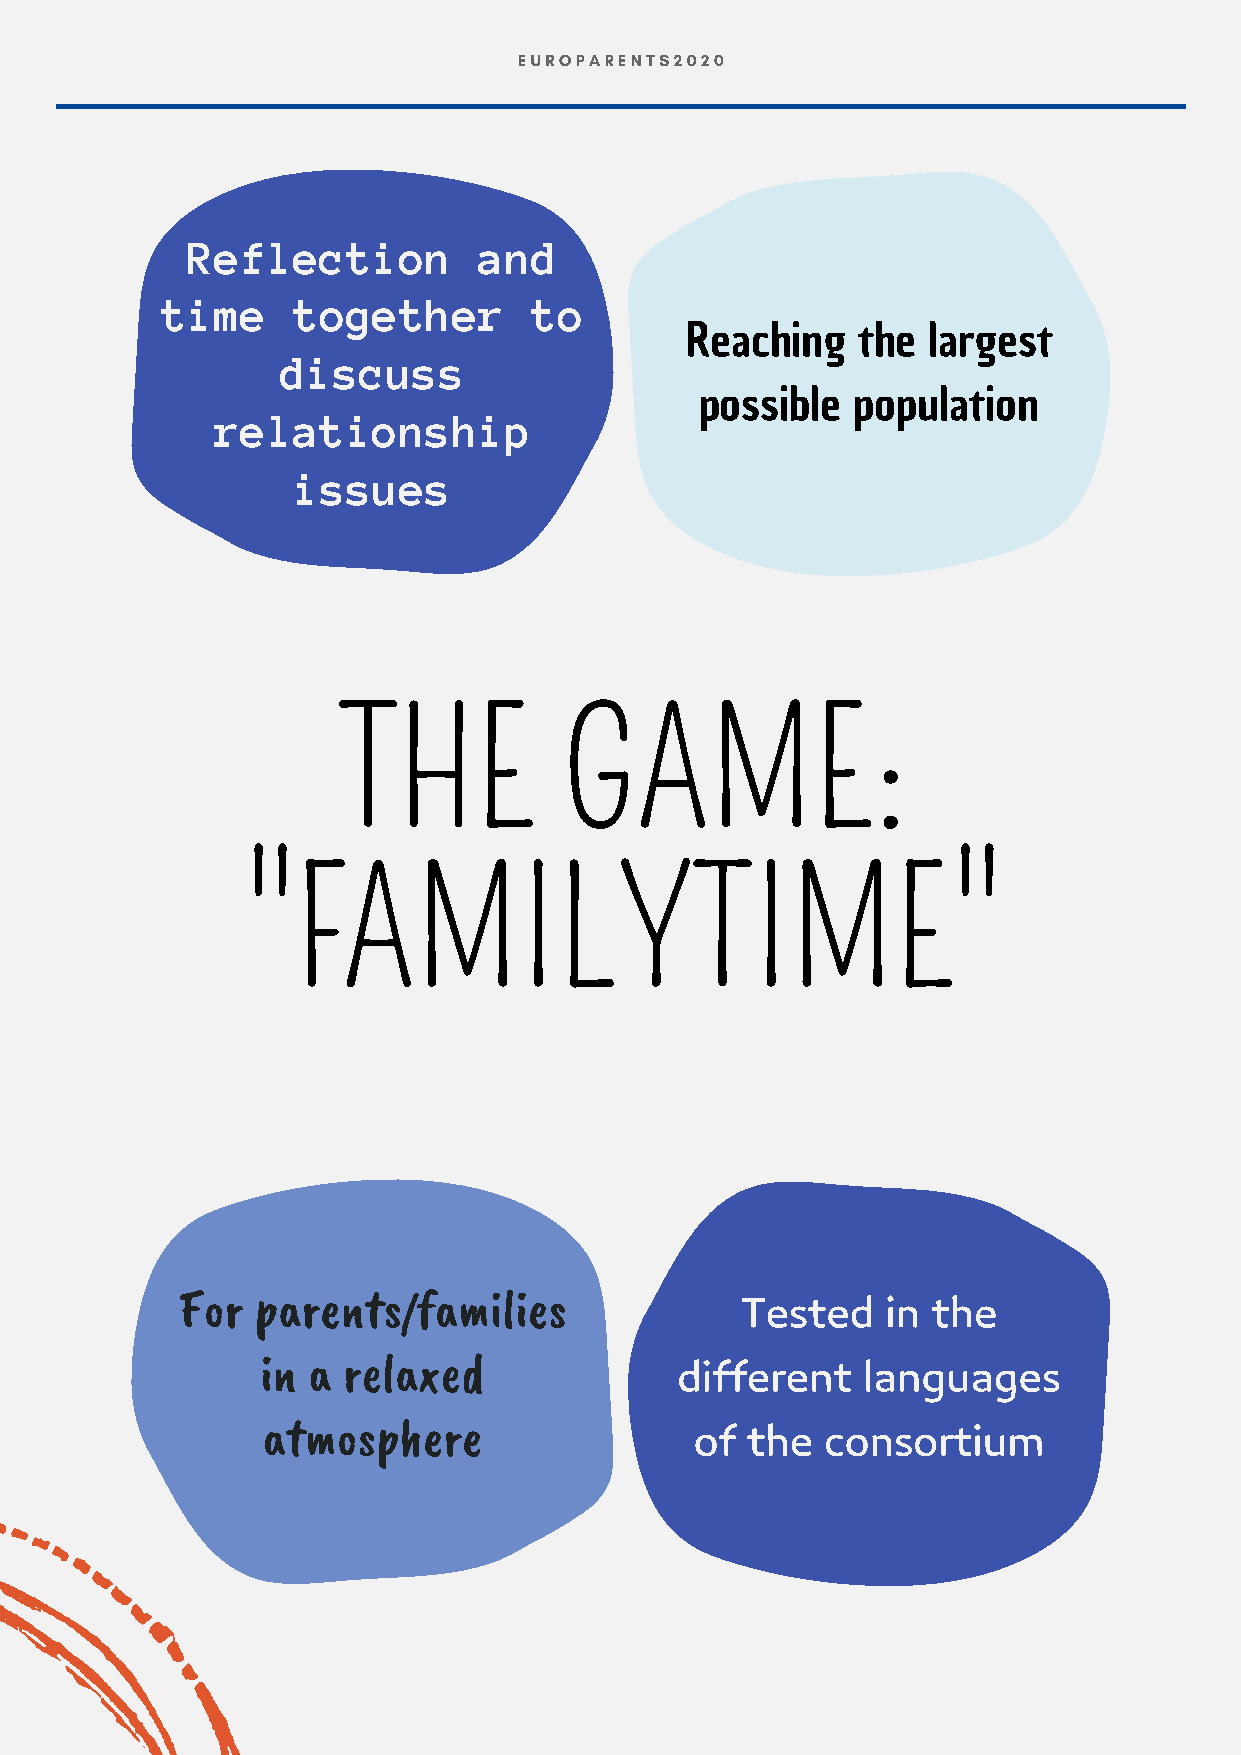
EUROPARENTS2020
 Reflection          and
 time    together        to
 Reaching    the largest
 discuss
 possible   population
 relationship
 issues
 THE            GAME:
 ''FAMILYTIME''
 Tested    in the
 For  parents/families
 different   languages
 in a  relaxed
 of the   consortium
 atmosphere